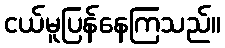
ငယ်မူပြန်နေကြသည်။